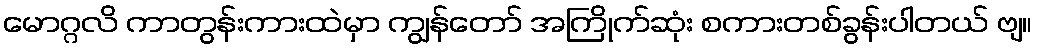
မောဂ္ဂလိ ကာတွန်းကားထဲမှာ ကျွန်တော် အကြိုက်ဆုံး စကားတစ်ခွန်းပါတယ် ဗျ။